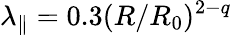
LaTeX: \lambda_{\parallel}=0.3(R/R_{0})^{2-q}